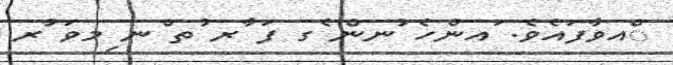
ްއވާފައެވެ. ައންހެ ުނން ެގ ފަ ާރ ުތ ްނ ިމވަ ުރ